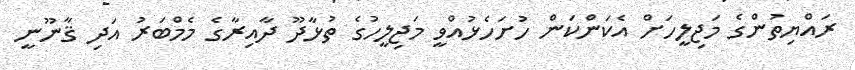
ރައްޔިތުންގެ މަޖިލީހަށް އެކަންކަން ހުށަހެޅުއްވީ މަޖިލީހުގެ ތުޅާދޫ ދާއިރާގެ މެމްބަރު އަދި ޤާނޫނީ